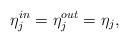
LaTeX: \begin{align*}\eta\sp{in}_{j}=\eta\sp{out}_{j}=\eta_{j},\end{align*}